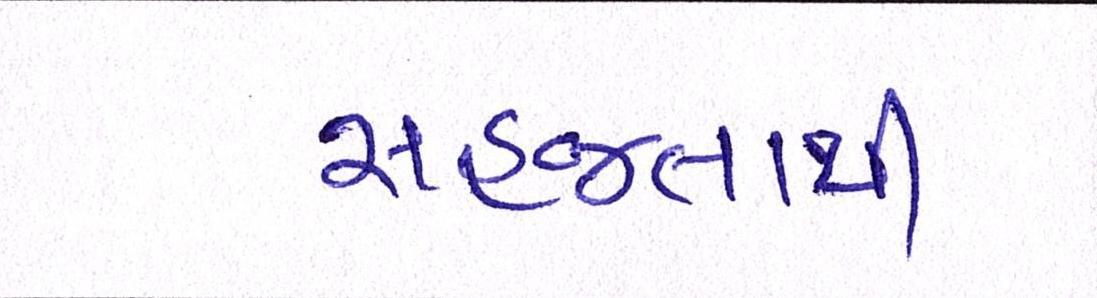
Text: સહજતાથી